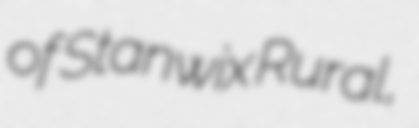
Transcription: of Stanwix Rural,